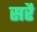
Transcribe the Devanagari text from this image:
सरै